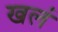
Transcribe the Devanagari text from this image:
खलं